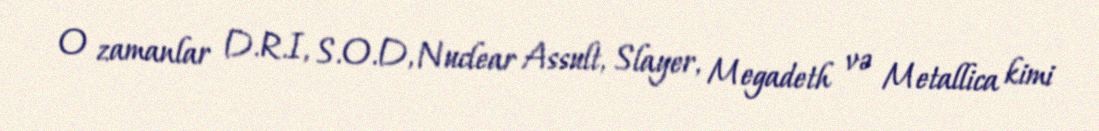
O zamanlar D.R.I, S.O.D, Nuclear Assult, Slayer, Megadeth və Metallica kimi